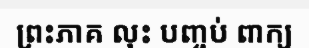
ព្រះភាគ លុះ បញ្ចប់ ពាក្យ